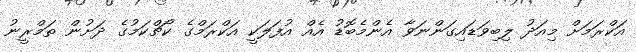
އަކްރަމަށް މިއަދު ލިބިވަޑައިގަންނަވާ އެންމެބޮޑު އެއް އުފަލަކީ އަކްރަމްގެ ކޯޗްކަމުގެ ދަށުން ތަމްރީނު